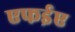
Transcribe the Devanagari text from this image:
एफईए